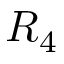
R _ { 4 }